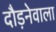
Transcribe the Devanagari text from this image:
दौड़नेवाला